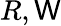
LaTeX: R,\mathsf{W}